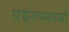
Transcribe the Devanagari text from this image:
पद्मनाभस्‍वामी